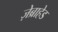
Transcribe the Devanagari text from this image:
ज़ेब्राहेड